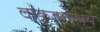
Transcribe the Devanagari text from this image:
लाकडामध्ये